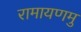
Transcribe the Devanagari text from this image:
रामायणमु